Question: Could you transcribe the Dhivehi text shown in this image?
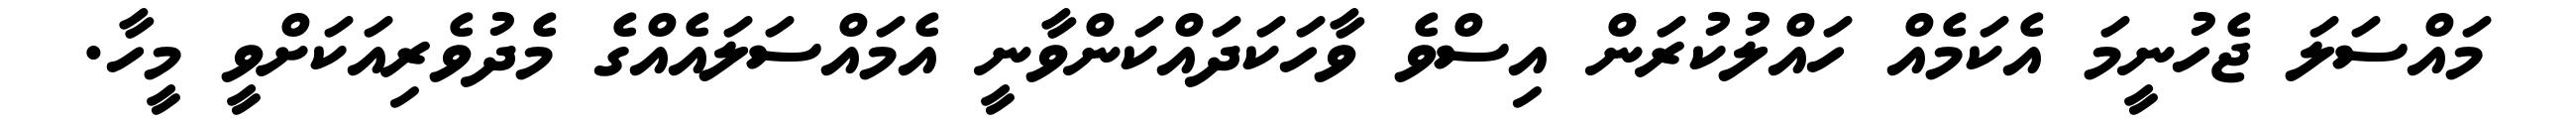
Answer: މައްސަލަ ޖެހުނީމަ އެކަމެއް ހައްލުކުރަން އިސްވެ ވާހަކަދައްކަންވާނީ އެމައްސަލައެއްގެ މެދުވެރިއަކަށްވީ މީހާ.